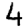
Digit: 4